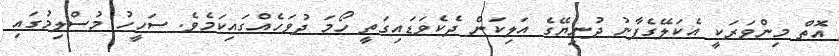
އޮތް މިންވަރަކީ އެކަލޭގެފާނު ދުނިޔޭގެ އަލިކަން ދެކެވަޑައިގަތީ ހޯމަ ދުވަހެއްގައިކަމެވެ. ސަހީހު މުސްލިމުގައި